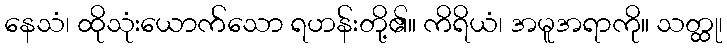
နေသံ၊ ထိုသုံးယောက်သော ရဟန်းတို့၏။ ကိရိယံ၊ အမူအရာကို။ သတ္ထု၊